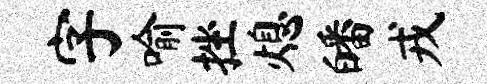
字喻挫熄皤戎